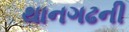
થાનગઢની